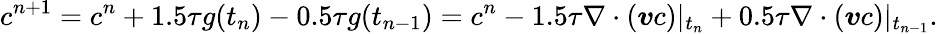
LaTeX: c^{n+1}=c^{n}+1.5\tau g(t_{n})-0.5\tau g(t_{n-1})=c^{n}-1.5\tau\nabla\cdot(\boldsymbol{v}c)|_{t_{n}}+0.5\tau\nabla\cdot(\boldsymbol{v}c)|_{t_{n-1}}.